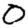
Digit: 0